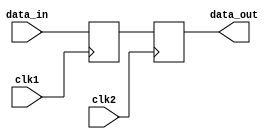
module master_slave_synchronizer (
    input wire clk1,          // Clock for master flip-flop
    input wire clk2,          // Clock for slave flip-flop
    input wire data_in,       // Input data to be synchronized
    output reg data_out       // Synchronized output data
);

    reg master_ff;            // Master flip-flop output

    // Master Flip-Flop: Captures data on the rising edge of clk1
    always @(posedge clk1) begin
        master_ff <= data_in; // Capture input data
    end

    // Slave Flip-Flop: Captures master output on the rising edge of clk2
    always @(posedge clk2) begin
        data_out <= master_ff; // Output synchronized data
    end

endmodule